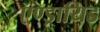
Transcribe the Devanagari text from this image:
एण्ड्रायिड